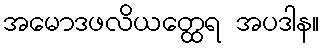
အမောဒဖလိယတ္ထေရ အပဒါန။